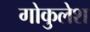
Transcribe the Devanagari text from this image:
गोकुलेश